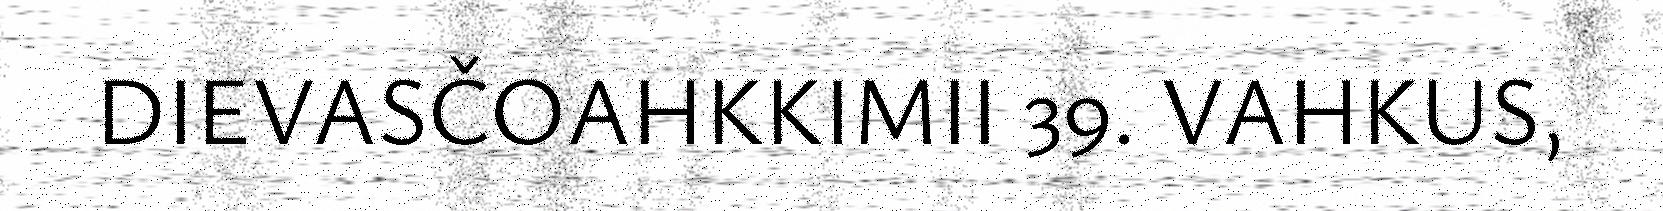
DIEVASČOAHKKIMII 39. VAHKUS,